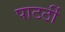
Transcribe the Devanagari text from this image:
पाटर्ठी